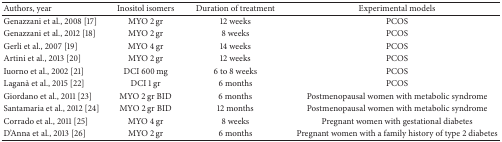
<table><thead><tr><td><b>Authors, year</b></td><td><b>Inositol isomers</b></td><td><b>Duration of treatment</b></td><td><b>Experimental models</b></td></tr></thead><tbody><tr><td>Genazzani et al., 2008 [17]</td><td>MYO 2 gr</td><td>12 weeks</td><td>PCOS</td></tr><tr><td>Genazzani et al., 2012 [18]</td><td>MYO 2 gr</td><td>8 weeks</td><td>PCOS</td></tr><tr><td>Gerli et al., 2007 [19]</td><td>MYO 4 gr</td><td>14 weeks</td><td>PCOS</td></tr><tr><td>Artini et al., 2013 [20]</td><td>MYO 2 gr</td><td>12 weeks</td><td>PCOS</td></tr><tr><td>Iuorno et al., 2002 [21]</td><td>DCI 600 mg</td><td>6 to 8 weeks</td><td>PCOS</td></tr><tr><td>Laganà et al., 2015 [22]</td><td>DCI 1 gr</td><td>6 months</td><td>PCOS</td></tr><tr><td>Giordano et al., 2011 [23]</td><td>MYO 2 gr BID</td><td>6 months</td><td>Postmenopausal women with metabolic syndrome</td></tr><tr><td>Santamaria et al., 2012 [24]</td><td>MYO 2 gr BID</td><td>12 months</td><td>Postmenopausal women with metabolic syndrome</td></tr><tr><td>Corrado et al., 2011 [25]</td><td>MYO 4 gr</td><td>8 weeks</td><td>Pregnant women with gestational diabetes</td></tr><tr><td>D&#x27;Anna et al., 2013 [26]</td><td>MYO 2 gr</td><td>6 months</td><td>Pregnant women with a family history of type 2 diabetes</td></tr></tbody></table>